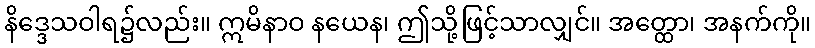
နိဒ္ဒေသဝါရ၌လည်း။ ဣမိနာဝ နယေန၊ ဤသို့ဖြင့်သာလျှင်။ အတ္ထော၊ အနက်ကို။